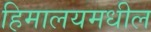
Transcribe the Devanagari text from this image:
हिमालयमधील